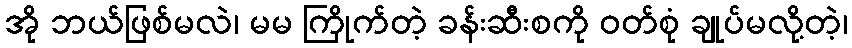
အို ဘယ်ဖြစ်မလဲ၊ မမ ကြိုက်တဲ့ ခန်းဆီးစကို ဝတ်စုံ ချုပ်မလို့တဲ့၊